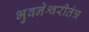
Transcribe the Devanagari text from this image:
भुवनेश्वरीतंत्र